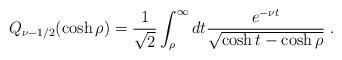
LaTeX: \begin{align*}Q_{\nu-1/2}(\cosh\rho)=\frac{1}{\sqrt{2}}\int_{\rho}^{\infty}dt\frac{e^{-\nu t}}{\sqrt{\cosh t-\cosh\rho}}\ .\end{align*}